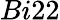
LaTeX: Bi22